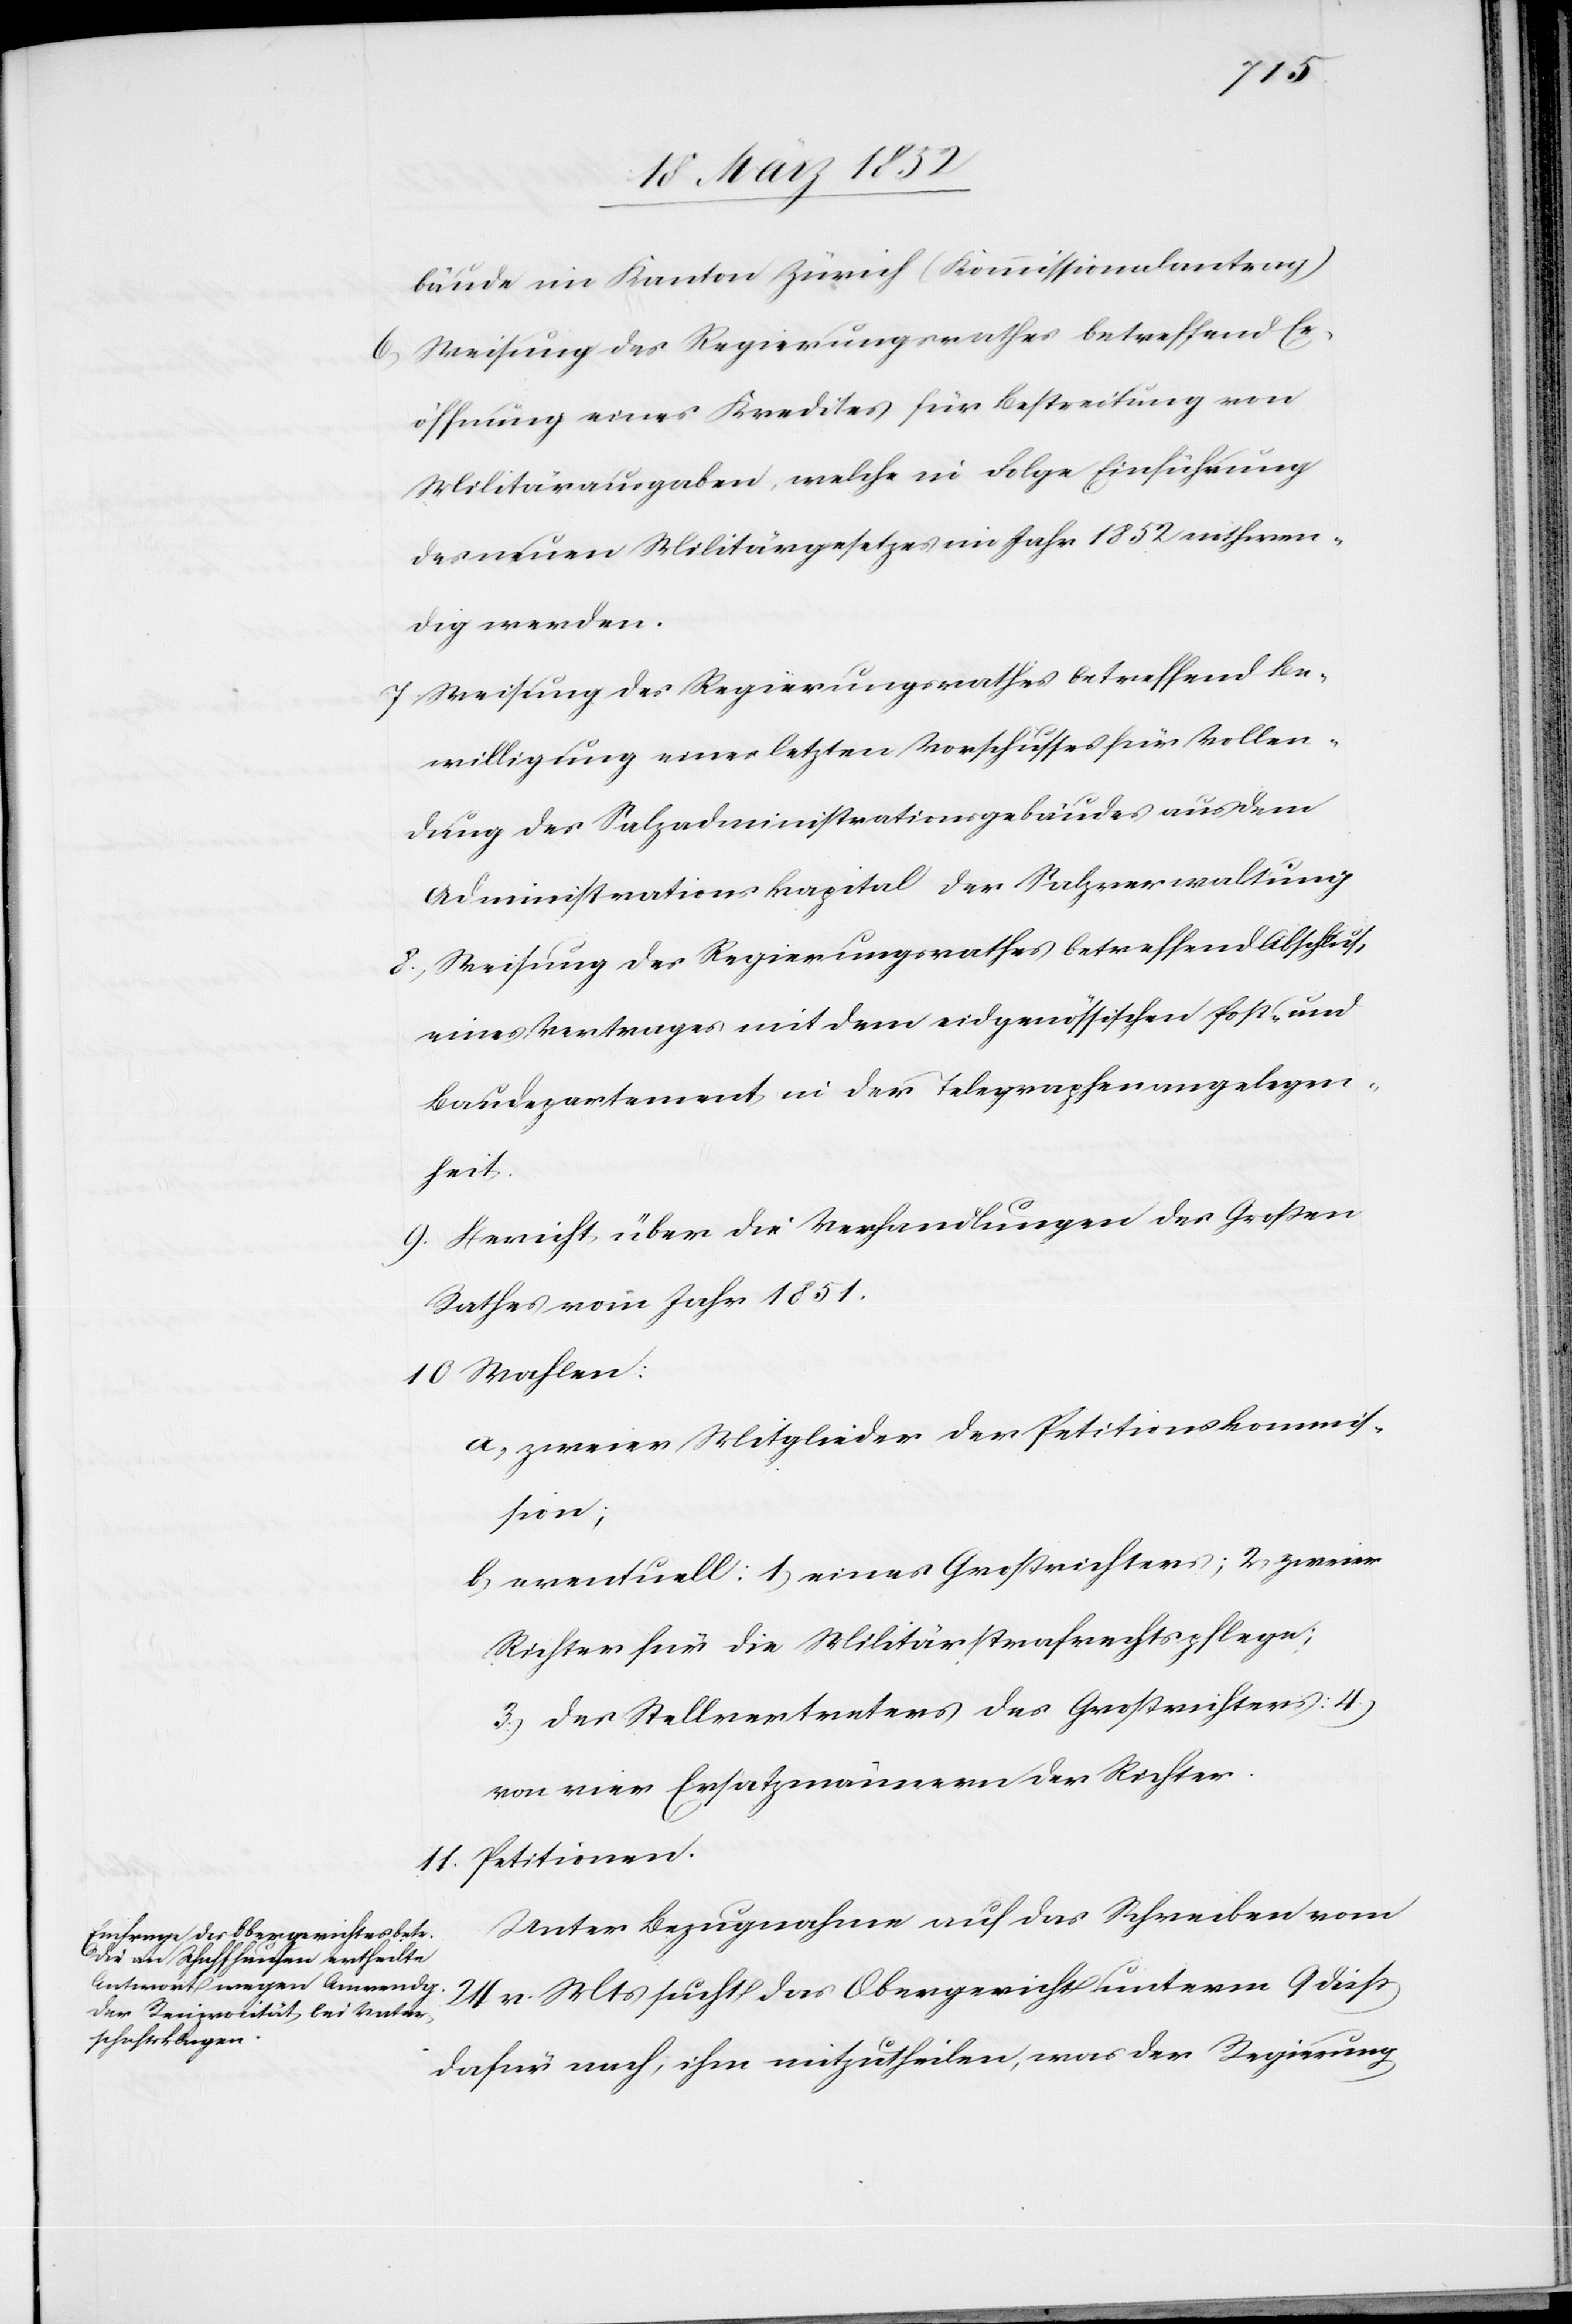
bäude im Kanton Zürich. (Kommissionalantrag)
6) Weisung des Regierungsrathes betreffend Er¬
öffnung eines Kredites für Bestreitung von
Militärausgaben, welche in Folge Einführung
des neuen Militärgesetzes im Jahr 1852 nothwen¬
dig werden.
7) Weisung des Regierungsrathes betreffend Be¬
willigung eines letzten Vorschusses für Vollen¬
dung des Salzadministrationsgebäudes aus dem
Administrations-Kapital der Salzverwaltung.
8) Weisung des Regierungsrathes betreffend Abschluß
eines Vertrages mit dem eidgenössischen Post- und
Baudepartement in der Telegraphenangelegen¬
heit.
9) Bericht über die Verhandlungen des Großen
Rathes vom Jahr 1851.
10) Wahlen:
a) zweier Mitglieder der Petitionskommis¬
sion;
b) eventuell: 1) eines Großrichters; 2) zweier
Richter für die Militärstrafrechtspflege;
3) des Stellvertreters des Großrichters; 4)
von vier Ersatzmännern der Richter.
Petitionen.
Unter Bezugnahme auf das Schreiben vom
v. Mts sucht das Obergericht unterm 9 dieß
dafür nach, ihm mitzuteilen, was der Regierung